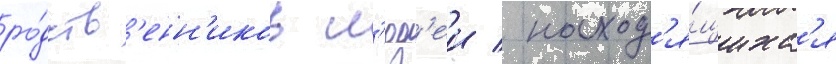
ро́дств'енн'иков л'юд'еи / наход'я́щихс'я